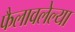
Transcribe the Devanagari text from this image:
फैलावलेल्या